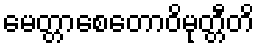
မေတ္တာစေတောဝိမုတ္တီတိ